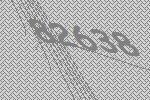
82638